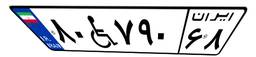
۸۰W۷۹۰۶۸